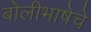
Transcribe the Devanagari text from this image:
बोलीभाषेचे